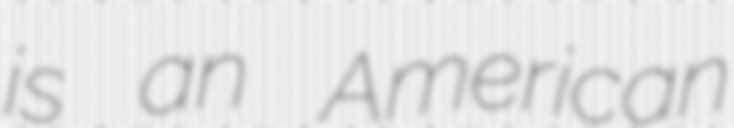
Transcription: is an American